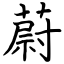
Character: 蔚